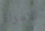
الامرأة